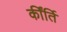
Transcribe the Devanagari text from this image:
कींर्ति